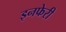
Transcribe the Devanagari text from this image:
इनफेरी